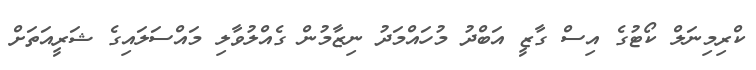
ކްރިމިނަލް ކޯޓުގެ އިސް ގާޒީ އަބްދު މުހައްމަދު ނިޒާމުން ގެއްލުވާލި މައްސަލައިގެ ޝަރީއަތަށް